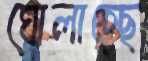
ঘোলাচ্ছে